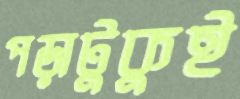
পড়াটুকুই